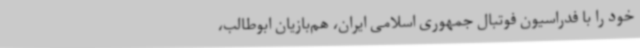
خود را با فدراسیون فوتبال جمهوری اسلامی ایران، هم‌بازیان‌ ابوطالب،